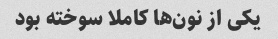
یکی از نون‌ها کاملا سوخته بود